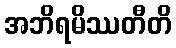
အဘိရမိဿတီတိ